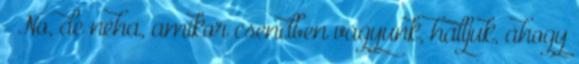
– No, de néha, amikor csendben vagyunk, halljuk, ahogy